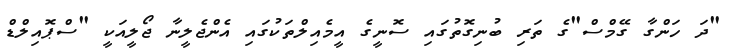
"ދަ ހަންގާ ގޭމްސް"ގެ ތަރި ބުނިގޮތުގައި ސޮނީގެ އީމެއިލްތަކުގައި އެންޖެލީނާ ޖޯލީއަކީ "ސްޕޮއިލްޑް